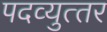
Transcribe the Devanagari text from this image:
पदव्‍युत्‍तर